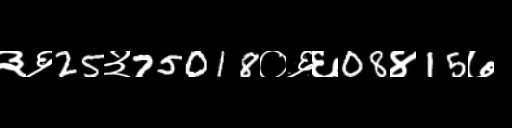
Text: ३६25३75018०६६08४15७